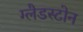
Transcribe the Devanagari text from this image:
ग्‍लैडस्‍टोन